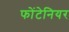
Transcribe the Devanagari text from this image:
फोंटेनियर